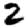
Digit: 2